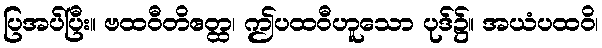
ပြအပ်ပြီး။ ဗထဝီတိဧတ္ထ၊ ဤပထဝီဟူသော ပုဒ်၌။ အယံပထဝိ၊